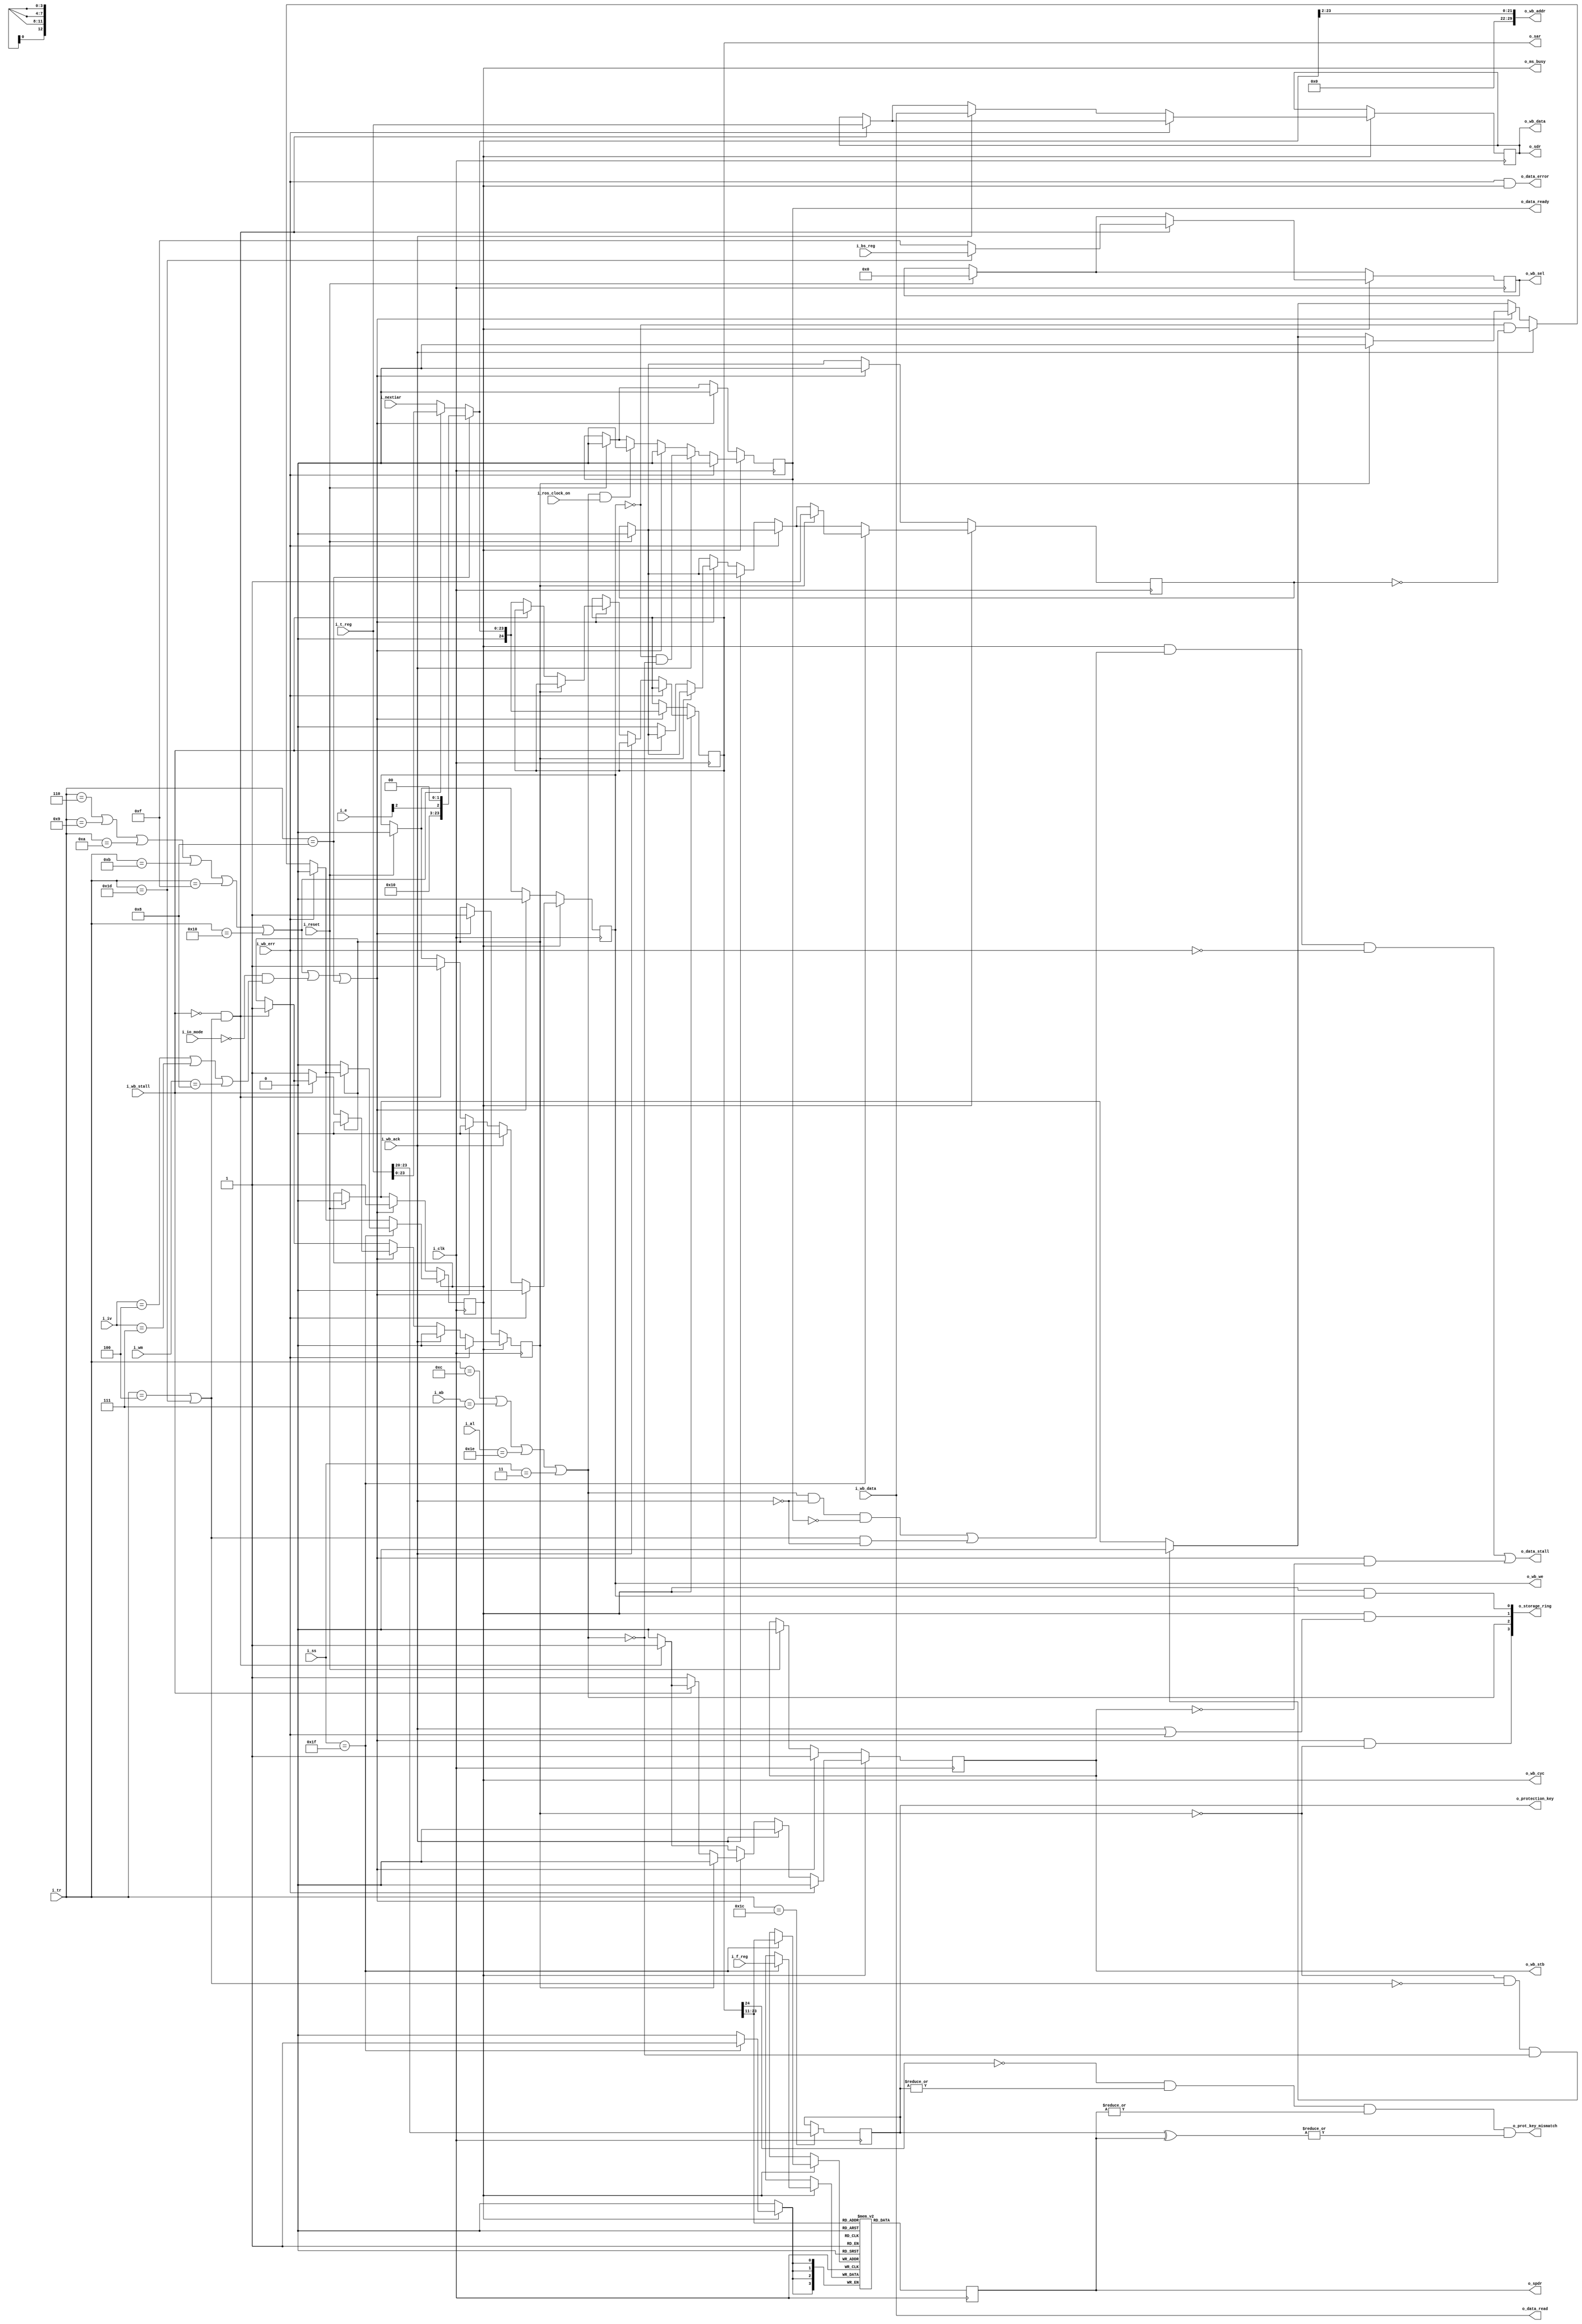
module x2050ms (i_clk, i_reset,
	o_storage_ring,
	// ram
	o_wb_cyc, o_wb_stb, o_wb_we, o_wb_addr, o_wb_data, o_wb_sel,
	i_wb_stall, i_wb_ack, i_wb_data, i_wb_err,
	// ros
	i_tr,
	i_iv,
	i_wm,
	i_e,
	i_ab,
	i_al,
	i_ss,
	// other cpu state
	i_nextiar,
	i_t_reg,
	i_f_reg,
	i_bs_reg,
	i_ros_clock_on,
	i_io_mode,
	// output to rest of x2050
	o_protection_key,
	o_ms_busy,
	o_data_stall,
	o_data_ready,
	o_data_error,
	o_prot_key_mismatch,
	o_data_read,
	o_sdr,
	o_spdr,
	o_sar);

// 0-16 m = main store
// 16-32 m = bump storage
	localparam DW=32;
//	localparam XW=(25+3-$clog2(DW));	// 32 megs, fixed
	localparam AW=(32+3-$clog2(DW));	// 4 g fixed
//	localparam LOG2_DW=$clog2(DW);
//	localparam LOG2_BW=(LOG2_DW-3);
	localparam BUMP = 24;

	// memory
	input wire i_clk;
	input wire i_reset;
	input wire [DW-1:0] i_wb_data;
	output reg [DW-1:0] o_wb_data;
	output reg o_wb_cyc, o_wb_stb, o_wb_we;
	output wire [AW-1:0] o_wb_addr;
	output reg [(DW/8)-1:0] o_wb_sel;
	output reg [3:0] o_spdr;

	input wire i_wb_stall, i_wb_ack, i_wb_err;

	input wire [4:0] i_tr;
	input wire [2:0] i_iv;
	input wire [3:0] i_wm;
	input wire [4:0] i_al;
	input wire [3:0] i_e;
	input wire [5:0] i_ab;
	input wire [5:0] i_ss;
	input wire [23:0] i_nextiar;
	input wire [31:0] i_t_reg;
	input wire [3:0] i_f_reg;
	input wire [3:0] i_bs_reg;
	input wire i_ros_clock_on;
	input wire i_io_mode;

	output wire [3:0] o_protection_key;
	output wire o_ms_busy;
	output wire o_data_stall;
	output reg o_data_ready;
	output wire o_data_error;
	output wire o_prot_key_mismatch;
	output wire [31:0] o_data_read;
	output wire [3:0] o_storage_ring;
	output reg [24:0] o_sar;
	output wire [31:0] o_sdr;
	wire [23:0] hwaddr;

	assign o_protection_key = protection_key;
	assign o_sdr = o_wb_data;

	wire store_via_t = (i_tr == 5'd6) |
		| (i_tr == 5'd9) |
		| (i_tr == 5'd10) |
		| (i_tr == 5'd11) |
		| (i_tr == 5'd15) |
		| (i_tr == 5'd16);
	wire store_via_iar = ~i_io_mode & ((i_iv == 3'd4) |
		| (i_iv == 3'd7) |
		| (i_wm == 4'd8));
	wire store_via_ha = (i_tr == 5'd8);
	wire expecting_read_data = (i_tr == 5'd12)
		| (i_ab == 6'd7)
		| (i_al == 5'd30)
		| (i_ss == 6'd3);
	wire set_protection_key = (i_tr == 5'd28);
	wire expecting_write_data = (i_tr == 5'd4 || i_tr == 5'd29);
	// wire fetch_storage_key = (i_ss == 6'd30);
	wire store_storage_key = (i_ss == 6'd31);

	assign o_ms_busy = o_wb_cyc;
	assign o_data_stall = o_wb_cyc & (expecting_read_data & ~i_wb_ack & ~o_data_ready
		| expecting_write_data & ~i_wb_ack ) & ~i_wb_err
		| set_sar & ~o_wb_stb;

	// 80 or 84
	assign hwaddr = {16'b0, 1'b1, 4'b0, i_e[3-1], 2'b0};

// XXX bump storage?
	wire [24:0] new_address =
		store_via_ha ? {1'b0, hwaddr} :
		store_via_t ? {1'b0, i_t_reg[23:0]} : {1'b0,i_nextiar[23:0]};
	assign o_wb_addr = {8'd0, new_address[23:2]};

	wire set_sar = (store_via_t | store_via_iar | store_via_ha);

	wire [(DW/8)-1:0] bsreg = i_tr == 5'd29 ? i_bs_reg : 4'hf;

	reg was_waiting;
	reg complete;

	assign o_data_error = i_wb_err & o_wb_cyc;
	assign o_data_read = i_wb_data;

	assign o_storage_ring[3-0] = set_sar & ~was_waiting;
	assign o_storage_ring[3-1] = expecting_read_data;
	assign o_storage_ring[3-2] = o_wb_cyc & (i_wb_ack | i_wb_err);
	assign o_storage_ring[3-3] = o_wb_cyc & o_wb_we;

	reg [3:0] storage_keys[0:(1<<13)-1];	// protection keys
	wire [12:0] spar = o_sar[23:11];

	reg [3:0] protection_key;

// Z22-2855-3
// Field Engr Handbook System360 Model 50
// "storage protect data flow" page 45 [pdf page 42]

// XXX in I/O mode there might be a different key "chan sp bits"
assign o_prot_key_mismatch = ~o_sar[BUMP] &
	|protection_key & |o_spdr & |{protection_key ^ o_spdr};

always @(posedge i_clk) begin
	if (set_protection_key)
		protection_key <= i_t_reg[31-8:31-11];
end

always @(posedge i_clk) begin
	o_spdr <= storage_keys[spar];
	if (i_reset) begin
		o_wb_stb <= 0;
		o_wb_cyc <= 0;
		o_wb_sel <= 0;
		o_wb_we <= 0;
		o_data_ready <= 0;
		complete <= 0;
	end
	if (o_wb_cyc) begin
		o_wb_stb <= 0;
		if (expecting_read_data & i_ros_clock_on)
			o_data_ready <= 0;
		if (~was_waiting & ~expecting_write_data & ~expecting_read_data)
			o_wb_cyc <= 0;
		if (~i_wb_stall && expecting_write_data) begin
			o_wb_sel <= bsreg;
			o_wb_we <= 1;
			o_wb_data <= i_t_reg;
			o_wb_stb <= 1;
			was_waiting <= 1;
		end
		if (i_wb_err) begin
			o_wb_cyc <= 0;
			o_wb_stb <= 0;
			o_wb_we <= 0;
			o_data_ready <= 0;
			was_waiting <= 0;
		end else if (i_wb_ack) begin
			o_data_ready <= ~o_wb_we & ~expecting_read_data;
			o_wb_stb <= 0;
			o_wb_cyc <= ~o_wb_we & ~complete;
			o_wb_we <= 0;
			was_waiting <= 0;
			o_wb_data <= i_wb_data;
		end else if (set_sar) begin
			o_data_ready <= 0;
			o_wb_we <= 0;
			if (was_waiting) begin
				o_wb_cyc <= 0;
				o_wb_stb <= 0;
				was_waiting <= 0;
			end else if (~i_wb_stall) begin
				complete <= 0;
				o_sar <= new_address;	// sets o_wb_addr
				o_wb_stb <= 1;
				was_waiting <= 1;
			end
		end
		if (store_storage_key) begin
			storage_keys[spar] <= i_f_reg;
			if (!was_waiting) begin
				o_wb_cyc <= 0;
			end else complete <= 1;
		end
	end else if (set_sar) begin
		complete <= 0;
		o_sar <= new_address;	// sets o_wb_addr
		o_wb_cyc <= 1;
		o_wb_stb <= 1;
		o_wb_we <= 0;
		o_data_ready <= 0;
		was_waiting <= 1;
	end
end
endmodule